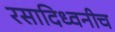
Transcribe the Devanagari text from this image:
रसादिध्वनीच